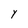
Character: Y